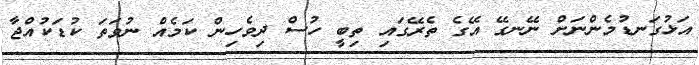
އަޅުގަނޑުމެންނަށް ނޭނގޭ އޭގެ ތެރޭގައި ތިބީ ހުސް ދިވެހިން ކަމެއް ނުވަތަ ކުޑަކުއްޖާ